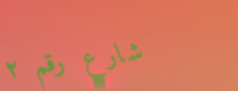
شارع رقم ٢